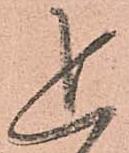
追